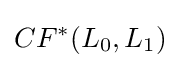
CF^{*}(L_{0},L_{1})